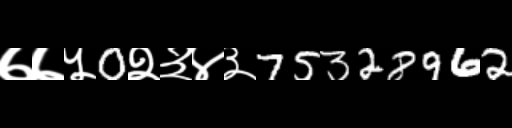
Text: ७७५0२३४३75328962